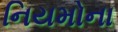
નિયમોના